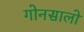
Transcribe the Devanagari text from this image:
गोनसालो